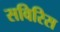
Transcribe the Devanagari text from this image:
सविरिस